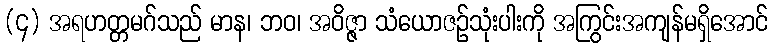
(၄) အရဟတ္တမဂ်သည် မာန၊ ဘဝ၊ အဝိဇ္ဇာ သံယောဇဉ်သုံးပါးကို အကြွင်းအကျန်မရှိအောင်